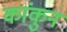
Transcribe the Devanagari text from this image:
कांकुन